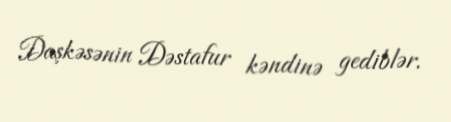
Daşkəsənin Dəstafur kəndinə gediblər.